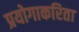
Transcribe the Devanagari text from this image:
प्रयोगाकरिता